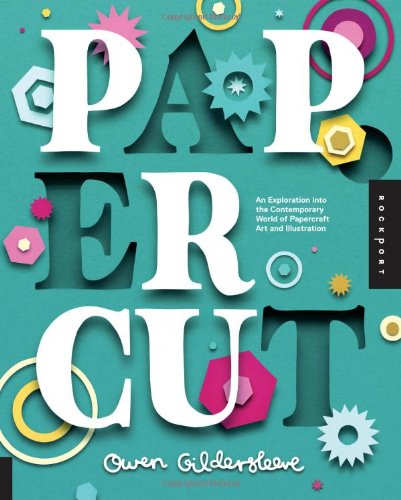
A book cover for Paper Cut: An Exploration Into the Contemporary World of Papercraft Art and Illustration; Owen Gildersleeve; Arts & Photography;